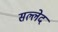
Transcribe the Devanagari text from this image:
सल्लेद